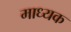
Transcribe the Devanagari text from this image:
माध्यक